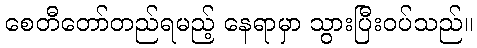
စေတီတော်တည်ရမည့် နေရာမှာ သွားပြီးဝပ်သည်။